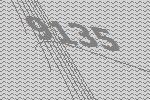
9135